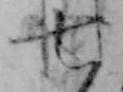
七